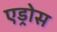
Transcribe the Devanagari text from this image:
एड्रोस